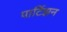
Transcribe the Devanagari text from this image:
पार्टिझन